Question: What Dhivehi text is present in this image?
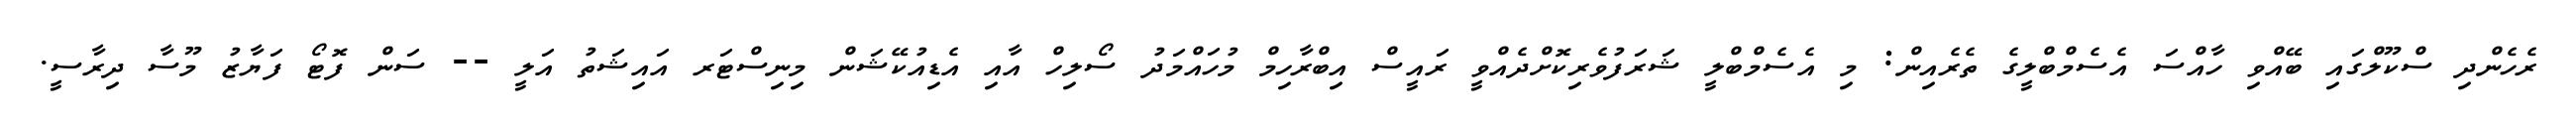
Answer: ރެހެންދި ސްކޫލްގައި ބޭއްވި ހާއްސަ އެސެމްބްލީގެ ތެރެއިން: މި އެސެމްބްލީ ޝަރަފުވެރިކޮށްދެއްވީ ރައީސް އިބްރާހިމް މުހައްމަދު ސޯލިހް އާއި އެޑިއުކޭޝަން މިނިސްޓަރ އައިޝަތު އަލީ -- ސަން ފޮޓޯ ފަޔާޒު މޫސާ ދިރާސީ.